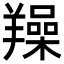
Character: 𦏛